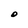
Character: O